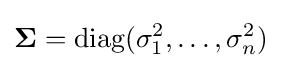
\mathbf {\Sigma } =\operatorname {diag} (\sigma _{1}^{2},\ldots ,\sigma _{n}^{2})